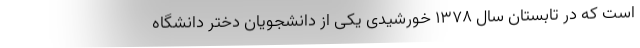
است که در تابستان سال ۱۳۷۸ خورشیدی یکی از دانشجویان دختر دانشگاه